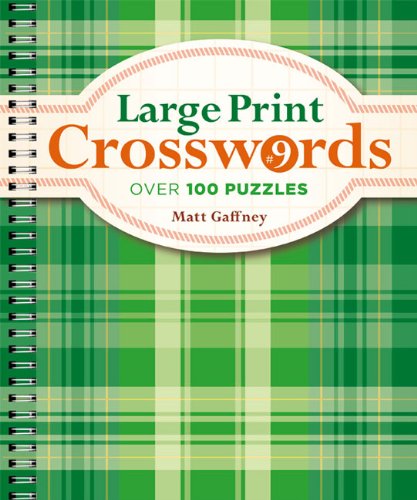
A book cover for Large Print Crosswords #9; Matt Gaffney; Humor & Entertainment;